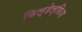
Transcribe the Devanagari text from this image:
फिल्डेल्फिया